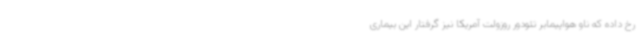
رخ داده که ناو هواپیمابر تئودور روزولت آمریکا نیز گرفتار این بیماری